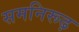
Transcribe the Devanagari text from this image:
समनिरूढ़